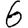
Digit: 6